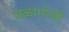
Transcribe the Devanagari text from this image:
वळागोञी